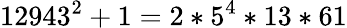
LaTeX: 12943^{2}+1=2*5^{4}*13*61